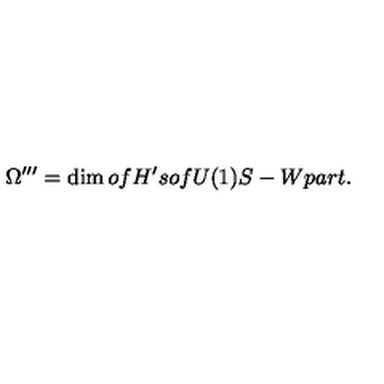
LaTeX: \Omega ^ { \prime \prime \prime } = \dim o f H ^ { \prime } s o f U ( 1 ) S - W p a r t .